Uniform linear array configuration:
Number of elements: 12
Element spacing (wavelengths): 0.25
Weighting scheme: binomial
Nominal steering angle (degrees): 45
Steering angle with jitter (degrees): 44.263
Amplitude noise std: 0.05
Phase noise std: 0.05

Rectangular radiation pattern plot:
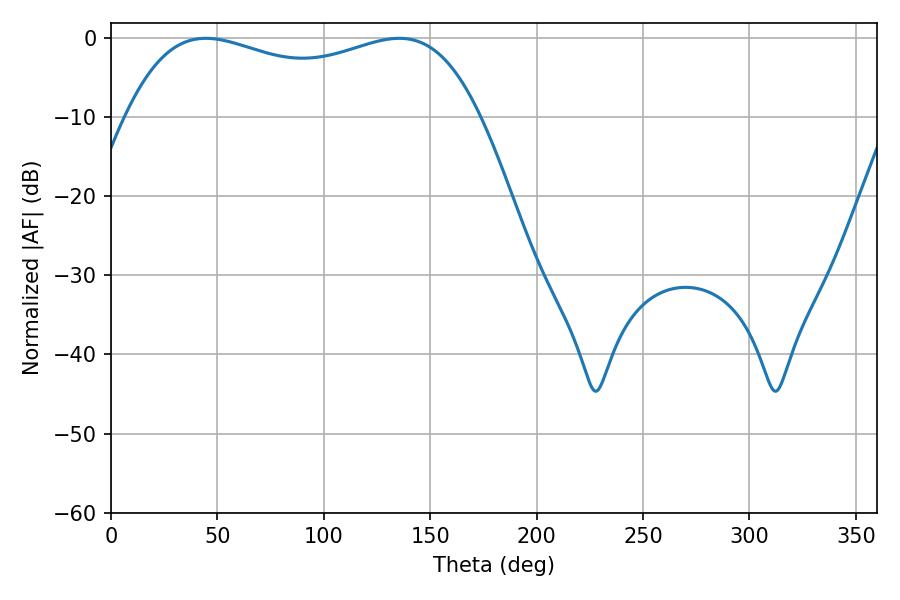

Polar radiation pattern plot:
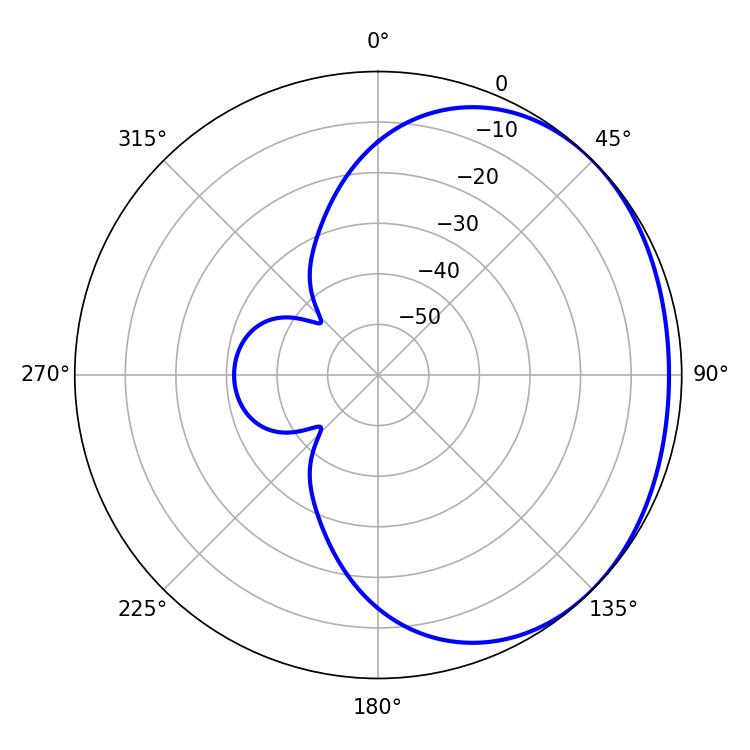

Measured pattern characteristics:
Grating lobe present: FALSE
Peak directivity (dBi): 1.378
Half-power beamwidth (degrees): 135.72
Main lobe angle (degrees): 44.64